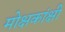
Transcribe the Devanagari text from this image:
मोक्षकांक्षी